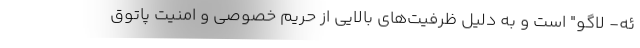
ئه- لاگو" است و به دلیل ظرفیت‌های بالایی از حریم خصوصی و امنیت پاتوق